Annual statistical returns and brief notes on vaccination in Bengal - 1896-1909
Year: 1896
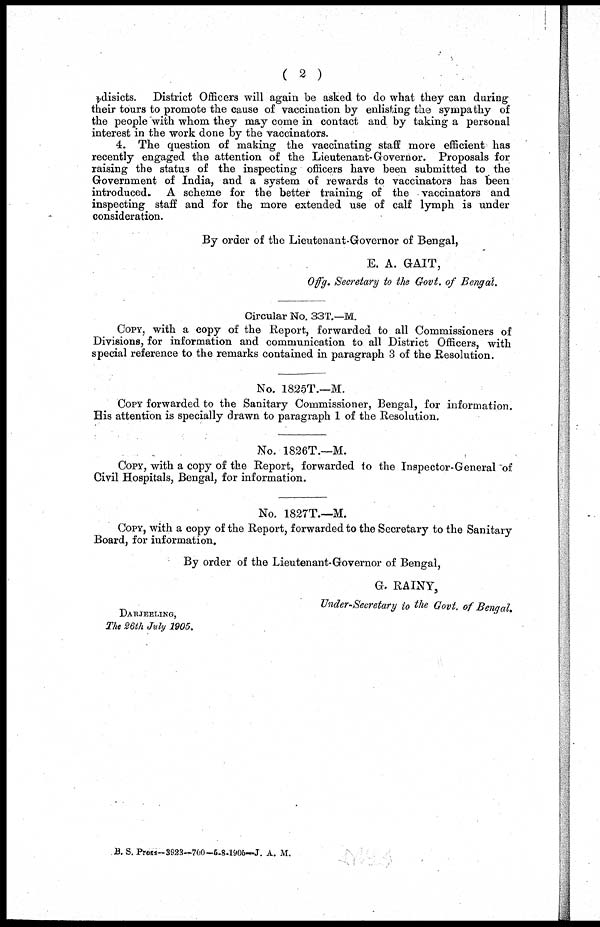
( 2 )
4disicts. District Officers will again be asked to do what they can during
their tours to promote the cause of vaccination by enlisting the sympathy of
the people with whom they may come in contact and by taking a personal
interest in the work done by the vaccinators.
4. The question of making the vaccinating staff more efficient has
recently engaged the attention of the Lieutenant-Governor. Proposals for
raising the status of the inspecting officers have been submitted to the
Government of India, and a system of rewards to vaccinators has been
introduced. A scheme for the better training of the vaccinators and
inspecting staff and for the more extended use of calf lymph is under
consideration.
By order of the Lieutenant-Governor of Bengal,
E. A. GAIT,
Offg. Secretary to the Govt. of Bengal.
Circular No. 33T.—M.
COPY, with a copy of the Report, forwarded to all Commissioners of
Divisions, for information and communication to all District Officers, with
special reference to the remarks contained in paragraph 3 of the Resolution.
No. 1825T.—M.
COPY forwarded to the Sanitary Commissioner, Bengal, for information.
His attention is specially drawn to paragraph 1 of the Resolution.
No. 1826T.—M.
COPY, with a copy of the Report, forwarded to the Inspector-General of
Civil Hospitals, Bengal, for information.
No. 1827T.—M.
COPY, with a copy of the Report, forwarded to the Secretary to the Sanitary
Board, for information.
By order of the Lieutenant-Governor of Bengal,
G. RAINY,
Under-Secretary to the Govt. of Bengal.
DARJEELING,
The 26th July 1905.
B. S. Press—3923—700—5-8-1905—J. A. M.